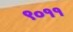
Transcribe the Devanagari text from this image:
९०११